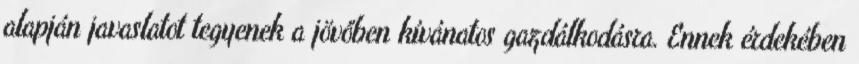
alapján javaslatot tegyenek a jövőben kívánatos gazdálkodásra. Ennek érdekében